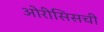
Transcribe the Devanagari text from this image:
ओरीसिसची